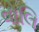
વોલિ